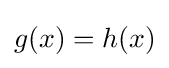
g(x)=h(x)